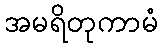
အမရိတုကာမံ